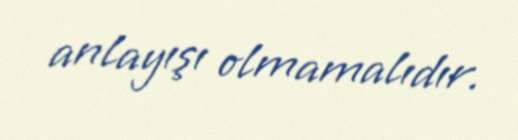
anlayışı olmamalıdır.